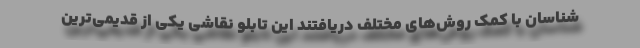
شناسان با کمک روش‌های مختلف دریافتند این تابلو نقاشی یکی از قدیمی‌ترین